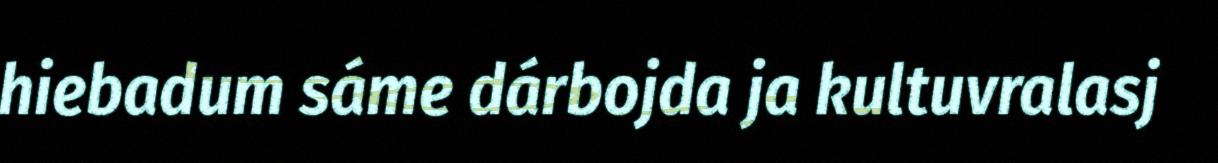
hiebadum sáme dárbojda ja kultuvralasj